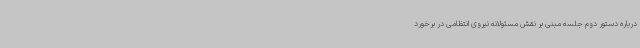
درباره دستور دوم جلسه مبنی بر نقش مسئولانه نیروی انتظامی در برخورد